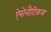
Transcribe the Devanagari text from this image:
ऐरोनौटिकल